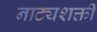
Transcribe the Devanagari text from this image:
नाट्यशक्ती